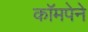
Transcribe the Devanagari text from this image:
कॉमपेने